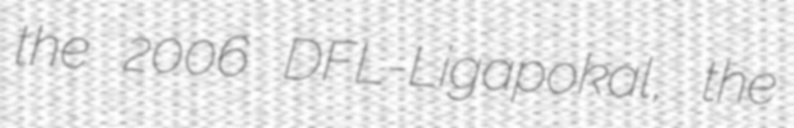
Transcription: the 2006 DFL-Ligapokal, the